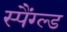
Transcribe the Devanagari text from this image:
स्पैंग्ल्ड